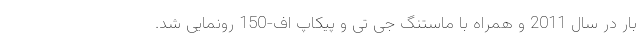
بار در سال 2011 و همراه با ماستنگ جی تی و پیکاپ اف-150 رونمایی شد.